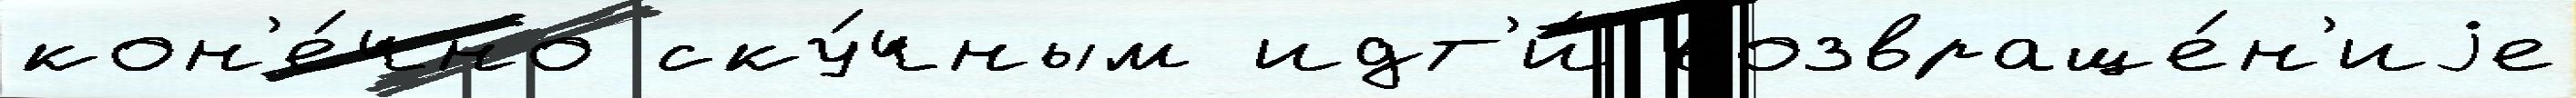
кон'е́чно ску́чным идт'и́ возвраще́н'иjе